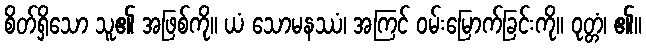
စိတ်ရှိသော သူ၏ အဖြစ်ကို။ ယံ သောမနဿံ၊ အကြင် ဝမ်းမြောက်ခြင်းကို။ ဝုတ္တံ၊ ၏။